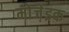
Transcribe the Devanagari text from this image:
मोजे़इक